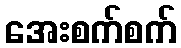
အေးစက်စက်